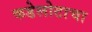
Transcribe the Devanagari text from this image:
कडेलोटाचा